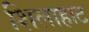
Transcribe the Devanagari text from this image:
शिलाहाट